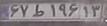
۶۷ط۱۹۶۱۳